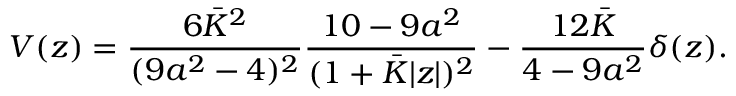
V ( z ) = { \frac { 6 \bar { K } ^ { 2 } } { ( 9 a ^ { 2 } - 4 ) ^ { 2 } } } { \frac { 1 0 - 9 a ^ { 2 } } { ( 1 + \bar { K } | z | ) ^ { 2 } } } - { \frac { 1 2 \bar { K } } { 4 - 9 a ^ { 2 } } } \delta ( z ) .